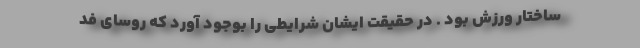
ساختار ورزش بود . در حقیقت ایشان شرایطی را بوجود آورد که روسای فد